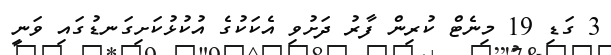
3 ގަޑި 19 މިނެޓް ކުރިން ފާރު ދަށުވި އެކަކުގެ އުކުޅުކަށިގަނޑުގައި ވަނީ